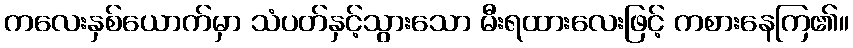
ကလေးနှစ်ယောက်မှာ သံပတ်နှင့်သွားသော မီးရထားလေးဖြင့် ကစားနေကြ၏။